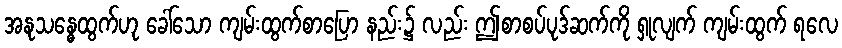
အနုသန္ဓေထွက်ဟု ခေါ်သော ကျမ်းထွက်စာပြော နည်း၌ လည်း ဤစာစပ်ပုဒ်ဆက်ကို ရှုလျက် ကျမ်းထွက် ရလေ